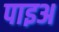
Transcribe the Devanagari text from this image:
पाइअ